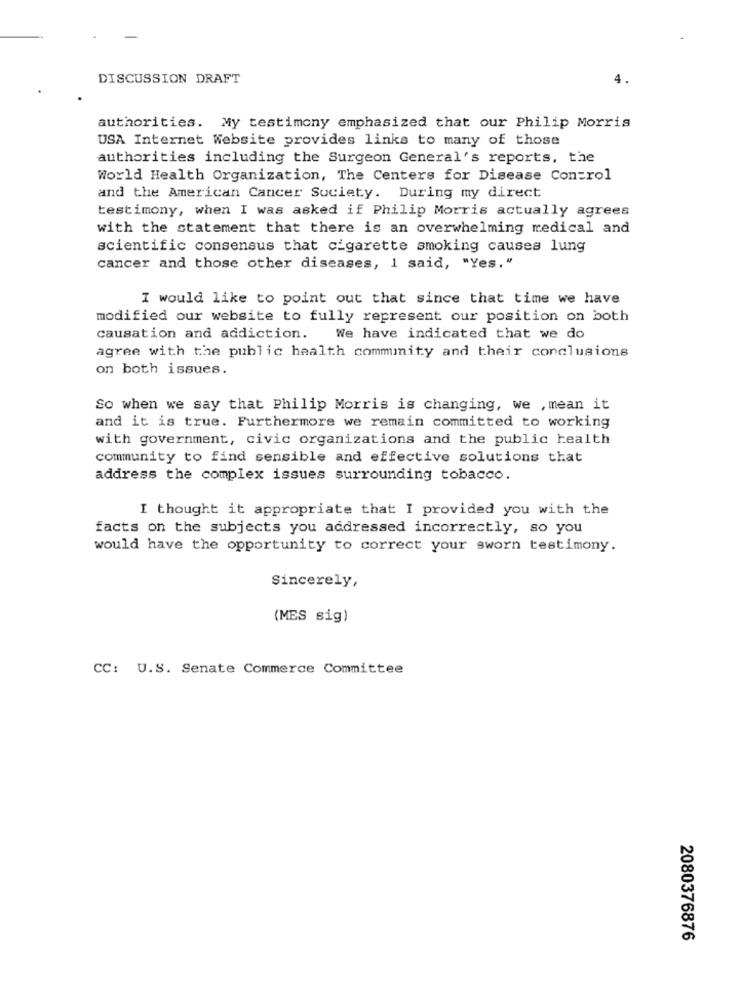
DISCUSSION DRAFT
4.
authorities. My testimony emphasized that our Philip Morris
USA Internet Website provides links to many of those
authorities including the Surgeon General's reports, the
World Health Organization, The Centers for Disease Control
and the American Cancer Society. During my direct
testimony, when I was asked if Philip Morris actually agrees
with the statement that there is an overwhelming medical and
scientific consensus that cigarette smoking causes lung
cancer and those other diseases, I said, "Yes."
I would like to point out that since that time we have
modified our website to fully represent our position on both
causation and addiction.
We have indicated that we do
agree with the public health community and their conclusions
on both issues.
So when we say that Philip Morris is changing, we , mean it
and it is true. Furthermore we remain committed to working
with government, civic organizations and the public health
community to find sensible and effective solutions that
address the complex issues surrounding tobacco.
I thought it appropriate that I provided you with the
facts on the subjects you addressed incorrectly, so you
would have the opportunity to correct your sworn testimony.
Sincerely,
(MES sig)
CC: U.S. Senate Commerce Committee
2080376876